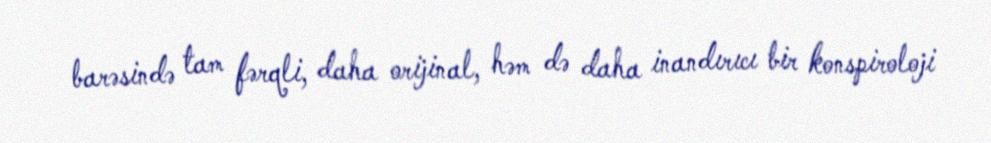
barəsində tam fərqli, daha orijinal, həm də daha inandırıcı bir konspiroloji